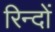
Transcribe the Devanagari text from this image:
रिन्दों